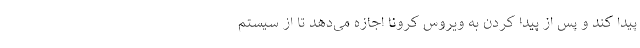
پیدا کند و پس از پیدا کردن به ویروس کرونا اجازه می‌دهد تا از سیستم